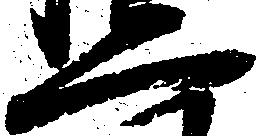
二